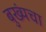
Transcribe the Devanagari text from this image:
बुख्यंचा